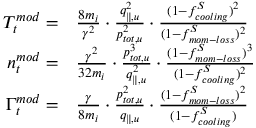
\begin{array} { r l } { T _ { t } ^ { m o d } = } & { { } \frac { 8 m _ { i } } { \gamma ^ { 2 } } \cdot \frac { q _ { \parallel , u } ^ { 2 } } { p _ { t o t , u } ^ { 2 } } \cdot \frac { ( 1 - f _ { c o o l i n g } ^ { S } ) ^ { 2 } } { ( 1 - f _ { m o m - l o s s } ^ { S } ) ^ { 2 } } } \\ { n _ { t } ^ { m o d } = } & { { } \frac { \gamma ^ { 2 } } { 3 2 m _ { i } } \cdot \frac { p _ { t o t , u } ^ { 3 } } { q _ { \parallel , u } ^ { 2 } } \cdot \frac { ( 1 - f _ { m o m - l o s s } ^ { S } ) ^ { 3 } } { ( 1 - f _ { c o o l i n g } ^ { S } ) ^ { 2 } } } \\ { \Gamma _ { t } ^ { m o d } = } & { { } \frac { \gamma } { 8 m _ { i } } \cdot \frac { p _ { t o t , u } ^ { 2 } } { q _ { \parallel , u } } \cdot \frac { ( 1 - f _ { m o m - l o s s } ^ { S } ) ^ { 2 } } { ( 1 - f _ { c o o l i n g } ^ { S } ) } } \end{array}